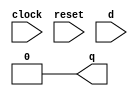
/* Generated by Yosys 0.16+41 (git sha1 29c0a5958, clang 11.0.1-2 -fPIC -Os) */

(* src = "examples/initial.v:1.1-27.10" *)
module initial_reg(clock, reset, d, q);
  (* src = "examples/initial.v:2.8-2.13" *)
  input clock;
  wire clock;
  (* src = "examples/initial.v:4.8-4.9" *)
  input d;
  wire d;
  (* src = "examples/initial.v:5.9-5.10" *)
  output q;
  wire q;
  (* src = "examples/initial.v:8.6-8.7" *)
  wire r;
  (* src = "examples/initial.v:3.8-3.13" *)
  input reset;
  wire reset;
  assign q = 1'h0;
  assign r = 1'h0;
endmodule